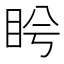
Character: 𥅎